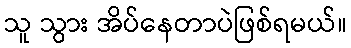
သူ သွား အိပ်နေတာပဲဖြစ်ရမယ်။